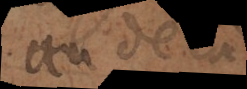
au delà